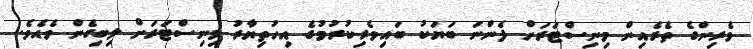
ވެރިންގެ ތެރެއިން މިނިސްޓަރަށް ފެންނަ ބަޔަކު ބައިވެރިކުރުމުގެ އިހުތިޔާރު މިނިސްޓަރަށް ލިބިގެން ވެއެވެ.